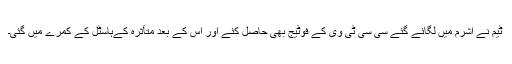
ٹیم نے آشرم میں لگائے گئے سی سی ٹی وی کے فوٹیج بھی حاصل کئے اور اس کے بعد متأثرہ کےہاسٹل کے کمرے میں گئی۔